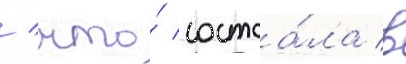
/ что́ состоа́ла в